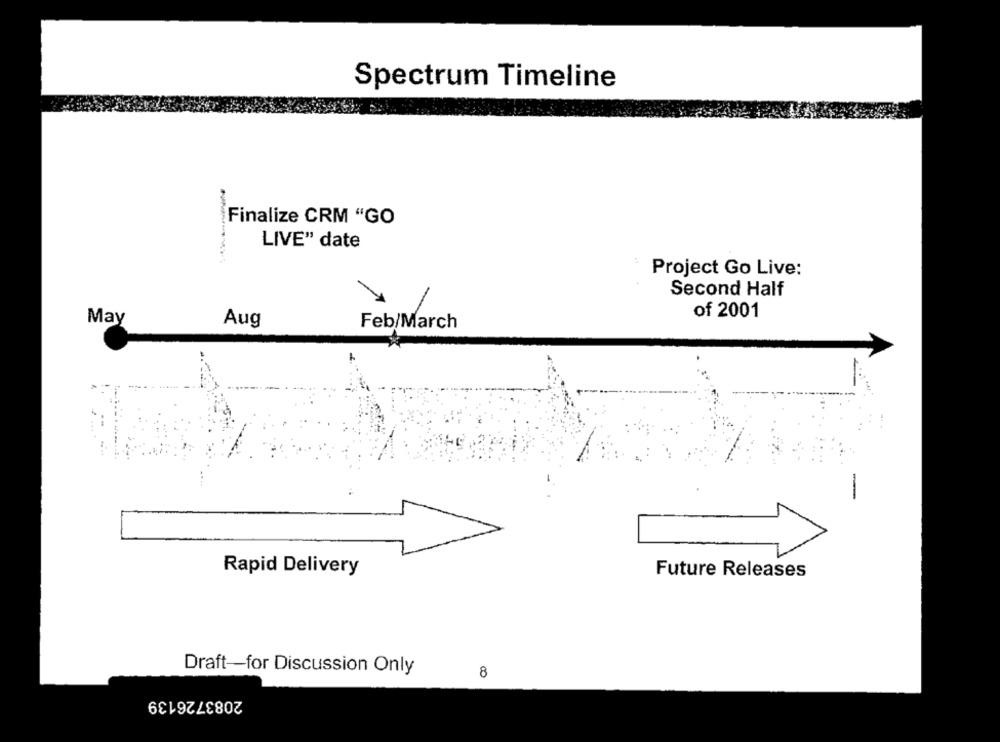
Spectrum Timeline
Finalize CRM "GO
LIVE" date
Project Go Live:
Second Half
of 2001
May
Aug
Feb/March
-
Rapid Delivery
Future Releases
Draft-for Discussion Only
8
2083726139